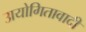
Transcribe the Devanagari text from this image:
उायोगितावादी